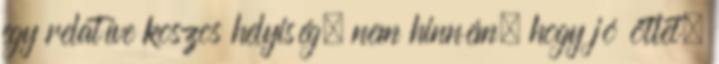
egy relatíve koszos helyiség, nem hinném, hogy jó ötlet,